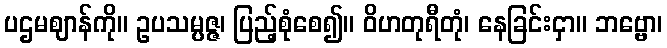
ပဌမဈာန်ကို။ ဥပသမ္ပဇ္ဇ၊ ပြည့်စုံစေ၍။ ဝိဟတုရီတုံ၊ နေခြင်းငှာ။ ဘဗ္ဗော၊